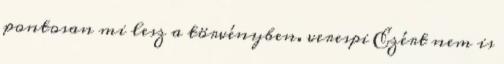
pontosan mi lesz a törvényben. verespi Ezért nem is